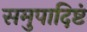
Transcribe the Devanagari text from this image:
समुपादिष्टं